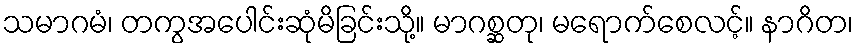
သမာဂမံ၊ တကွအပေါင်းဆုံမိခြင်းသို့။ မာဂစ္ဆတု၊ မရောက်စေလင့်။ နာဂိတ၊